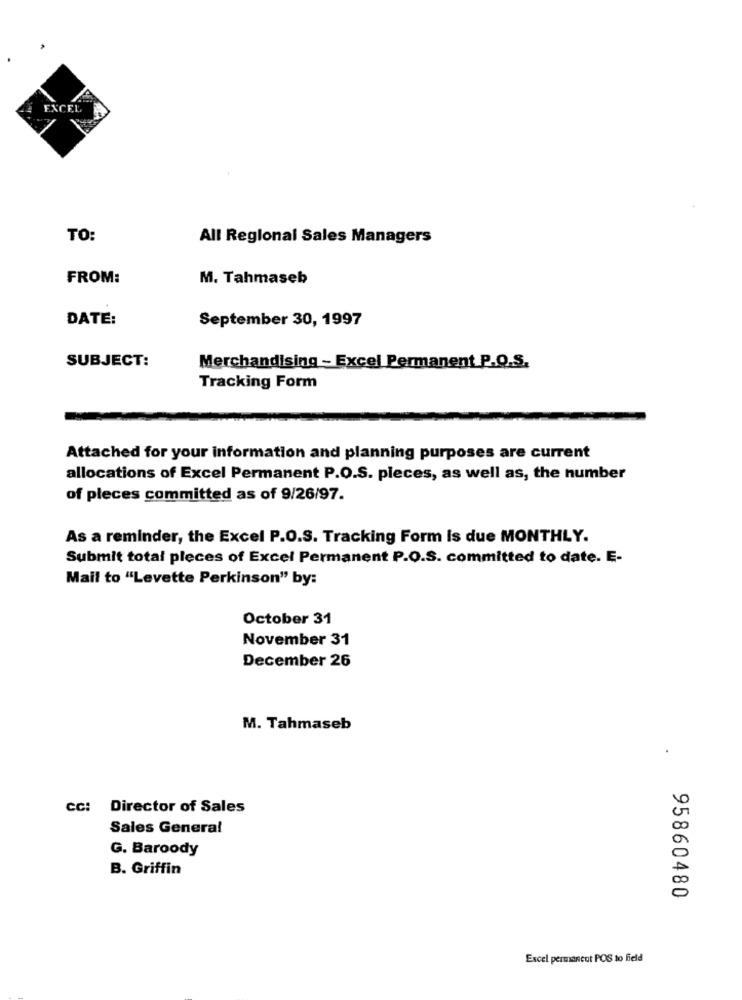
TO:
All Regional Sales Managers
FROM:
M. Tahmaseb
DATE:
September 30, 1997
SUBJECT:
Merchandising - Excel Permanent P.O.S.
Tracking Form
Attached for your information and planning purposes are current
allocations of Excel Permanent P.O.S. pleces, as well as, the number
of pieces committed as of 9/26/97.
As a reminder, the Excel P.O.S. Tracking Form Is due MONTHLY.
Submit total pleces of Excel Permanent P.O.S. committed to date. E-
Mail to "Levette Perkinson" by:
October 31
November 31
December 26
M. Tahmaseb
cc: Director of Sales
Sales General
G. Baroody
B. Griffin
95860480
Excel permanent POS to field